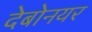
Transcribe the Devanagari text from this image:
देबोनयर